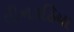
તીનકઠિયા